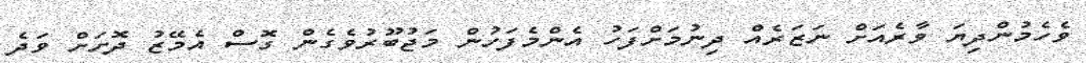
ވެހެމުންދިޔަ ވާރެއަށް ނަޒަރެއް ދިނުމަށްފަހު އެންމެފަހުން މަޖުބޫރުވެގެން ގޮސް އެމޭޒު ދޮށަށް ވަދެ